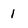
Character: 1